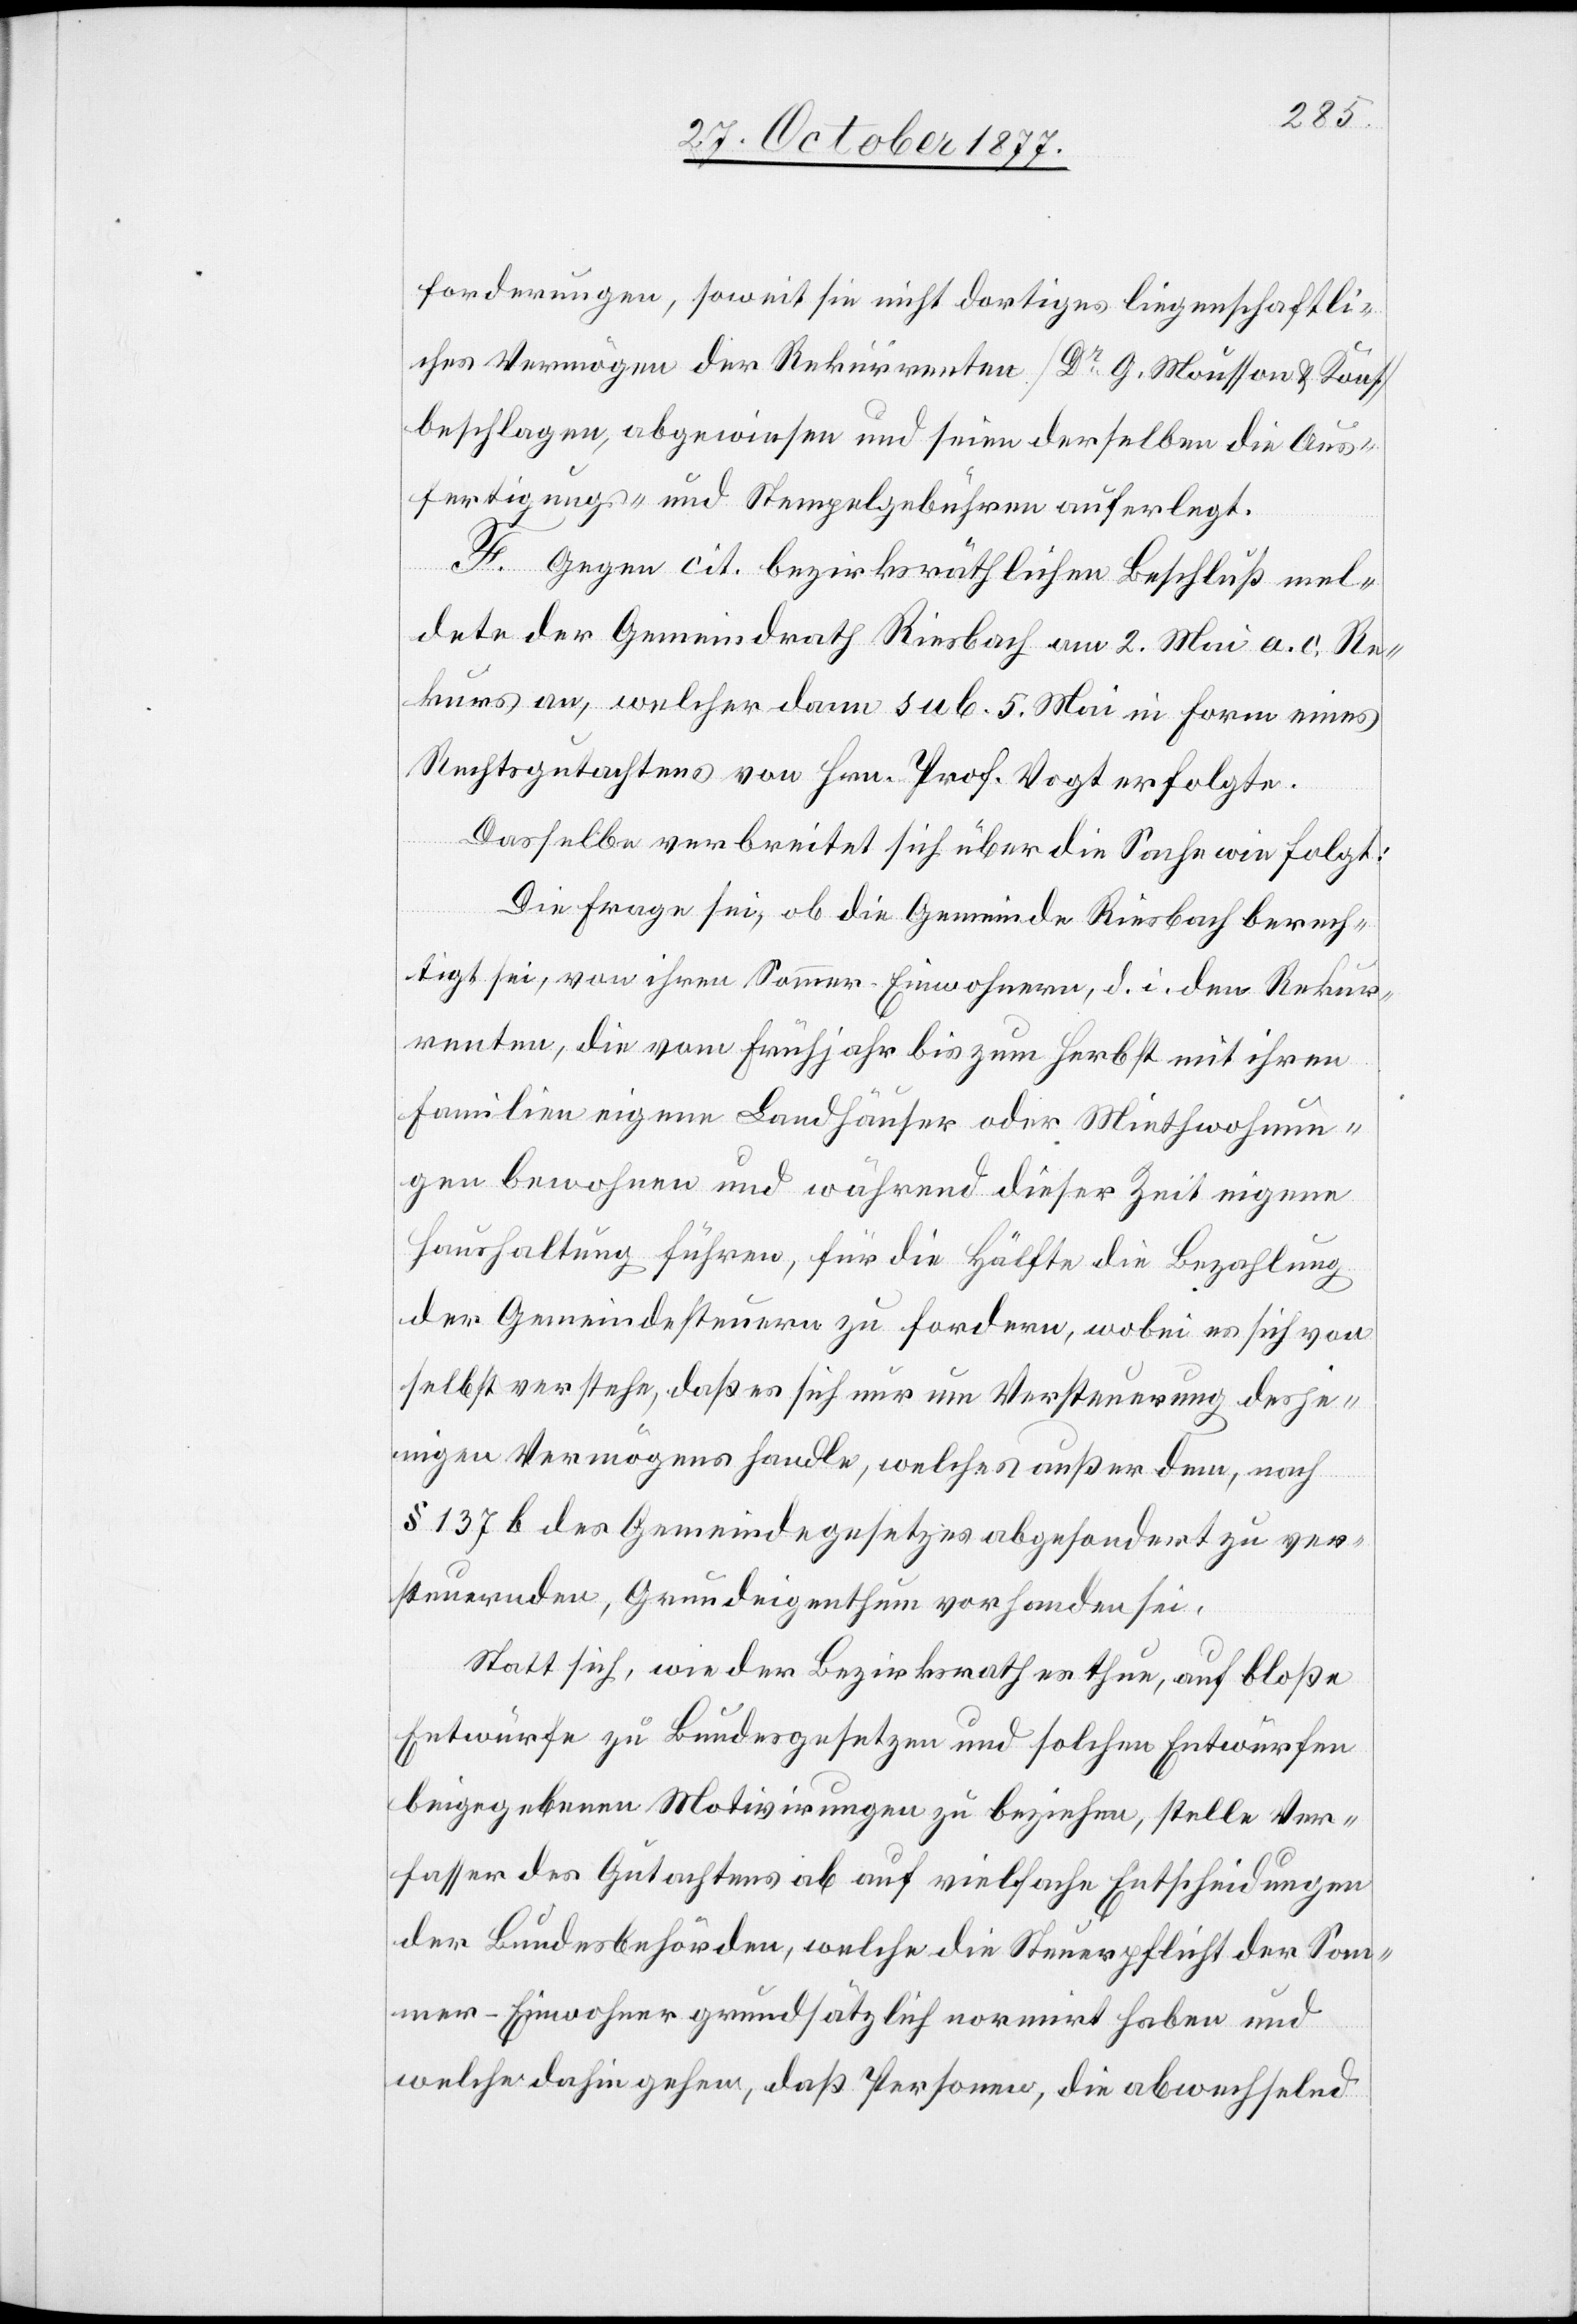
forderungen, soweit sie nicht dortiges liegenschaftli¬
ches Vermögen der Rekurrenten [Dr G. Mousson & Kons.]
beschlagen, abgewiesen und seien derselben die Aus¬
fertigungs- und Stempelgebühren auferlegt.
F. Gegen cit. bezirksräthlichen Beschluß mel¬
dete der Gemeindrath Riesbach am 2. Mai a. c. Re¬
kurs an, welcher dann sub. 5. Mai in Form eines
Rechtsgutachtens von Hrn. Prof. Vogt erfolgte.
Dasselbe verbreitet sich über die Sache wie folgt:
Die Frage sei, ob die Gemeinde Riesbach berech¬
tigt sei, von ihren Sommer-Einwohnern, d. i. den Rekur¬
renten, die vom Frühjahr bis zum Herbst mit ihren
Familien eigene Landhäuser oder Miethwohnun¬
gen bewohnen und während dieser Zeit eigene
Haushaltung führen, für die Hälfte die Bezahlung
der Gemeindesteuern zu fordern, wobei es sich von
selbst verstehe, daß es sich nur um Versteuerung desje¬
nigen Vermögens handle, welches außer dem, nach
§ 137 b des Gemeindegesetzes abgesondert zu ver¬
steuernden, Grundeigenthum vorhanden sei.
Statt sich, wie der Bezirksrath es thue, auf bloße
Entwürfe zu Bundesgesetzen und solchen Entwürfen
beigegebenen Motivirungen zu beziehen, stelle Ver¬
fasser des Gutachtens ab auf vielfache Entscheidungen
der Bundesbehörden, welche die Steuerpflicht der Som¬
mer-Einwohner grundsätzlich normirt haben und
welche dahin gehen, daß Personen, die abwechselnd